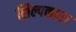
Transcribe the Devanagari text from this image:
शिल्पकार।